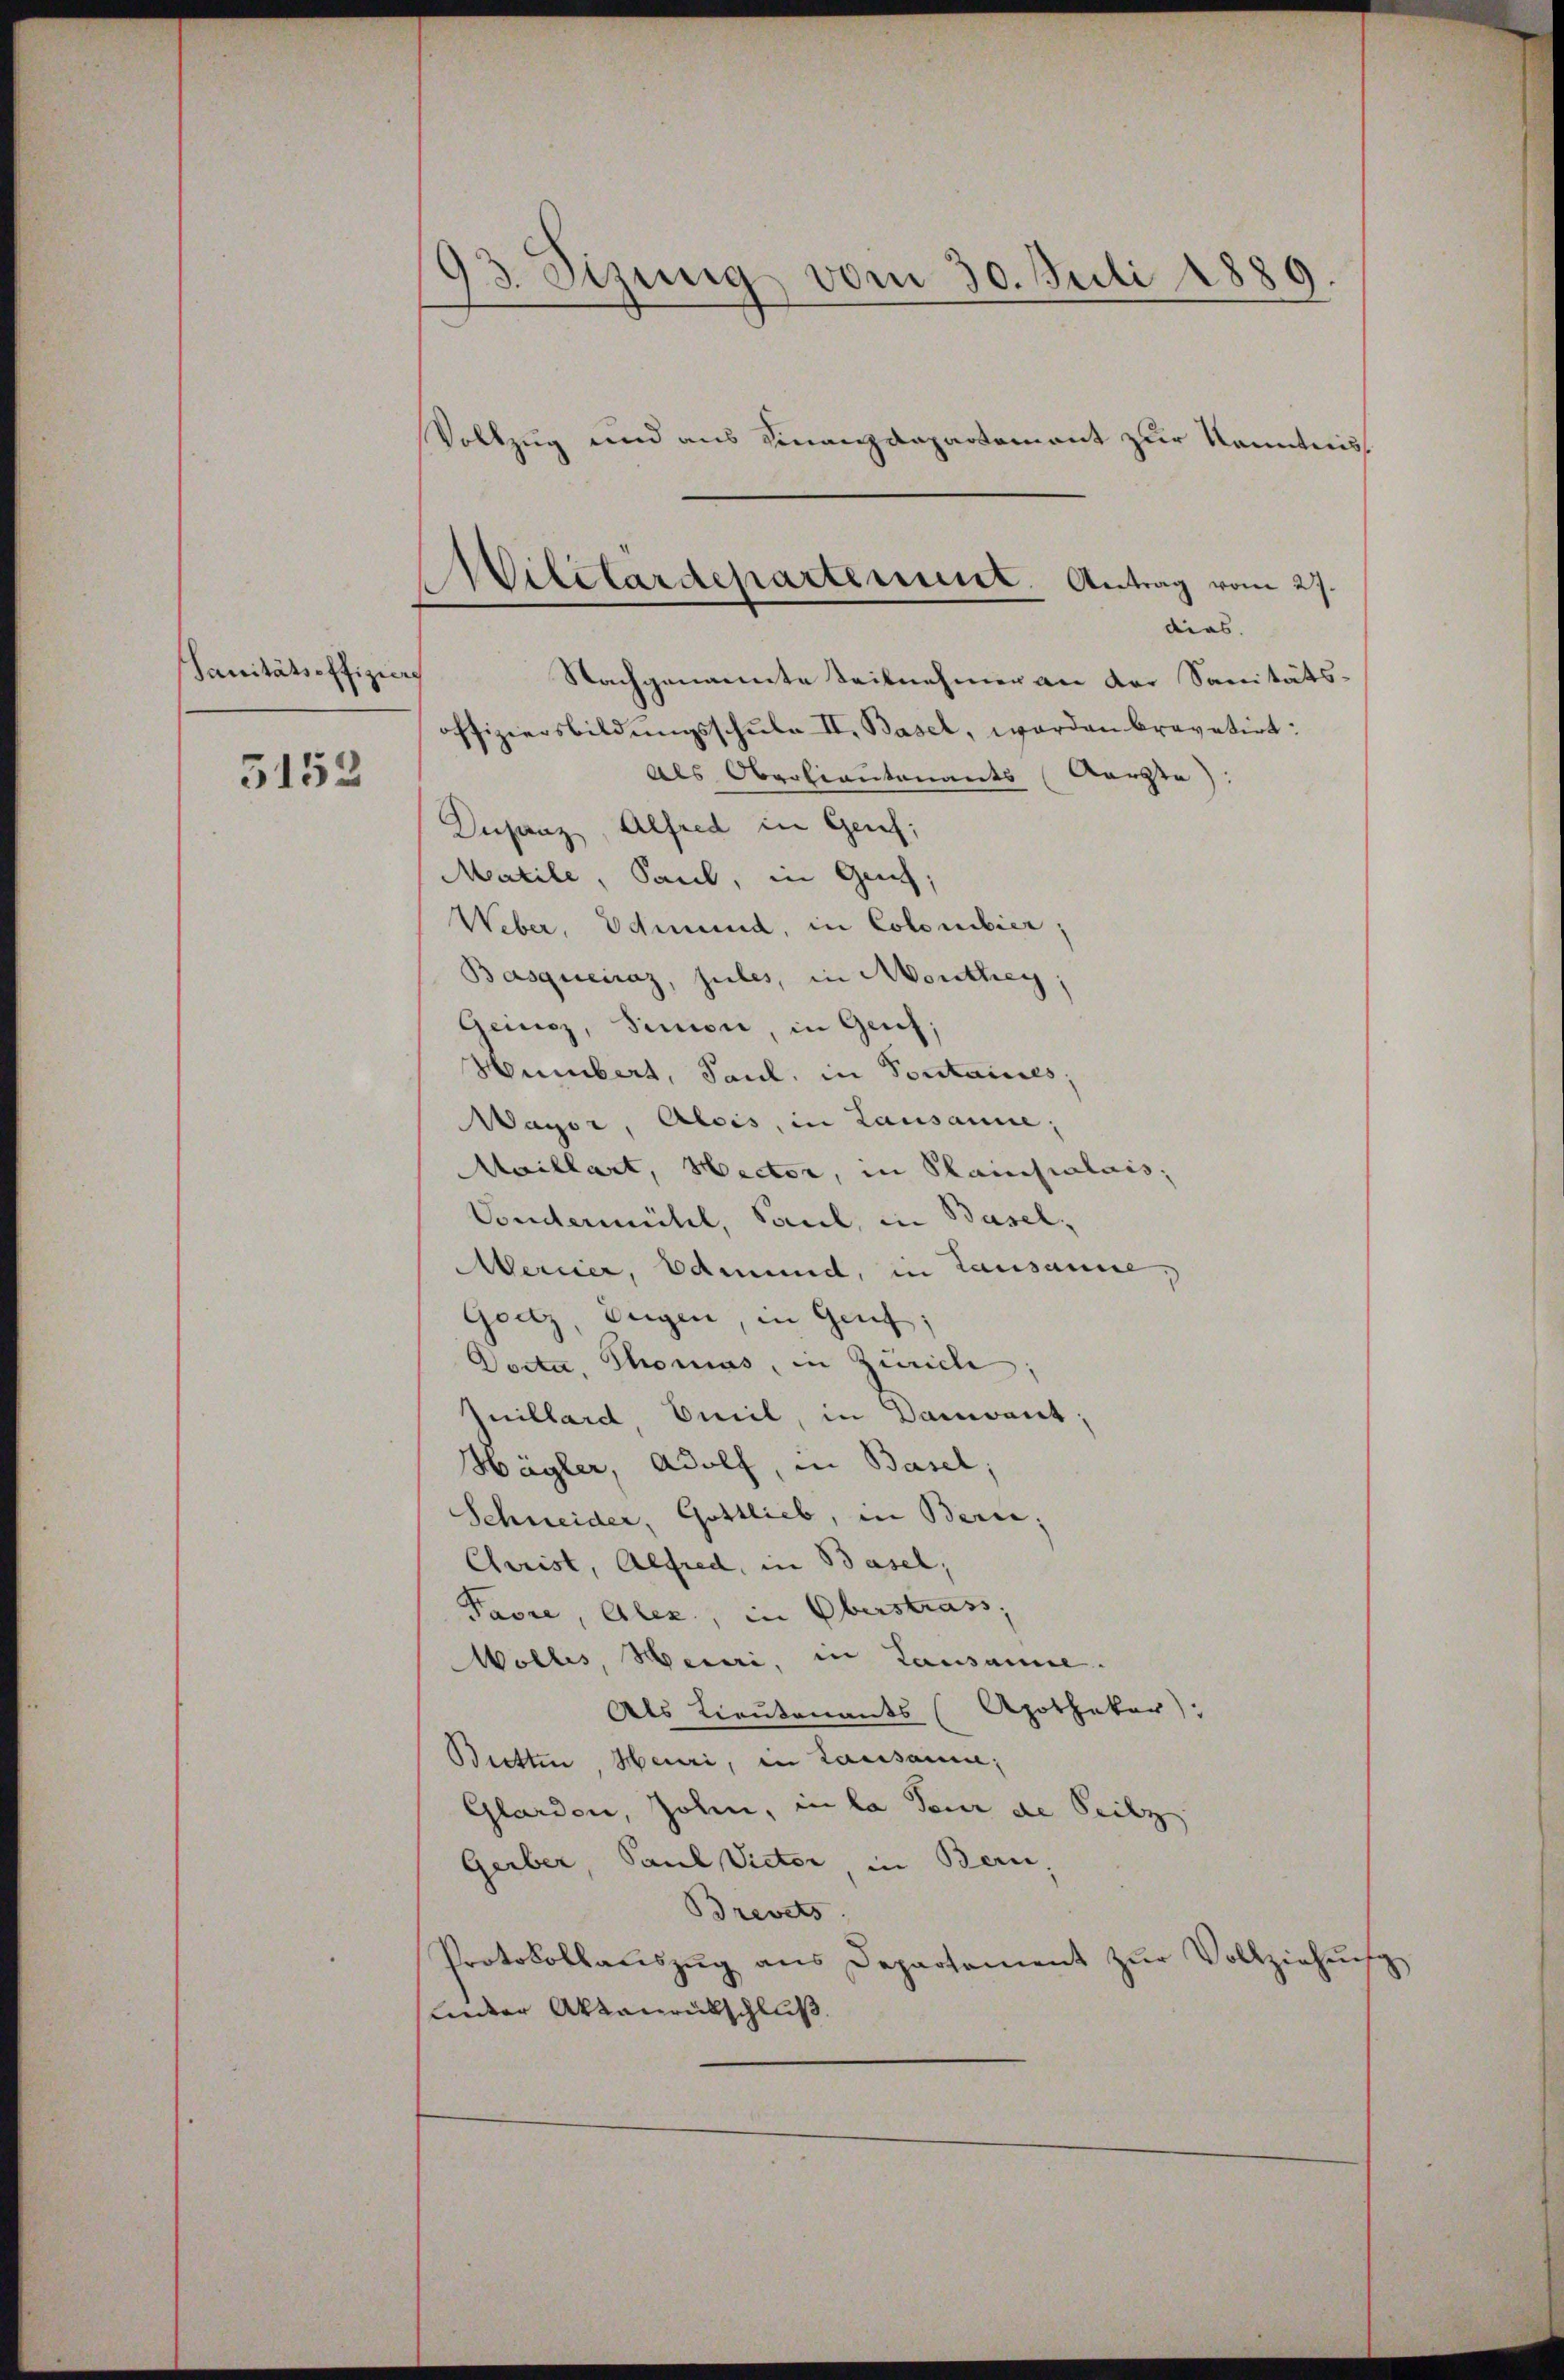
Sanitätsoffiziers

5152

93. Sizung vom 30. Juli 1889.

d
itétardepartement. Antrag vom 27.
dias.
Nachgenannte Teilnehmer an der Sanitäts-
offiziersbildŭngsschŭle II. Basel, worden bravatirt:

Vollzug und aus Finanzdepartement zur Kenntnis
Als Obroliantonants (Aarzte):
Unsanz, Alfred in Genf;
Matile, Saul, in Genf,
Weber, Edmund, in Colombier,
Basqueiraz, zules, in Monthey,
Geincz, Simon, in Genf;
Humbert, Paul, in Sontaines,
Wagor, Alois, in Lausanne;
Maillart, Rector, in Plainsialais,
Vondermühl, Paul, in Basel,
Mercier, Edmund, in Lausanne.
Goutz, Eugen, in Genf,
Docta Thomas, in Zürich
Vuillard Emil, in Dament;
Hägler, Adolf, in Basel;
Schneider, Gottlieb, in Bern,
Christ, Alfred, in Basel,
Favre, Alex, in Oberstrass,
Mollis, Meiri, in Lausanne.
Als Lieutenants (Apothekar),
Bretten Heuri, in Lausanne;
Glarden, John, in la Feur de Seilz
Gerber, Paul Victor, in Bern,
Brevets
Protokollaŭszŭg ans Departement zŭr Vollziehŭng
Linder Aktenrückschluß